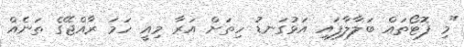
"މި ފޮޓޯތައް ބަލާލާފައި އަޅުގަނޑު ހިތަށް އަރާ މިއީ ހަމަ ރާއްޖޭގެ ތަނެއް